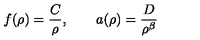
f ( \rho ) = \frac { C } { \rho } , \qquad a ( \rho ) = \frac { D } { \rho ^ { \beta } }